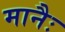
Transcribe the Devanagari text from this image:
मानैः